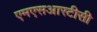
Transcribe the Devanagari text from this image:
एमएसआरटीसी